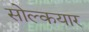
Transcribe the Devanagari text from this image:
सोल्कयार